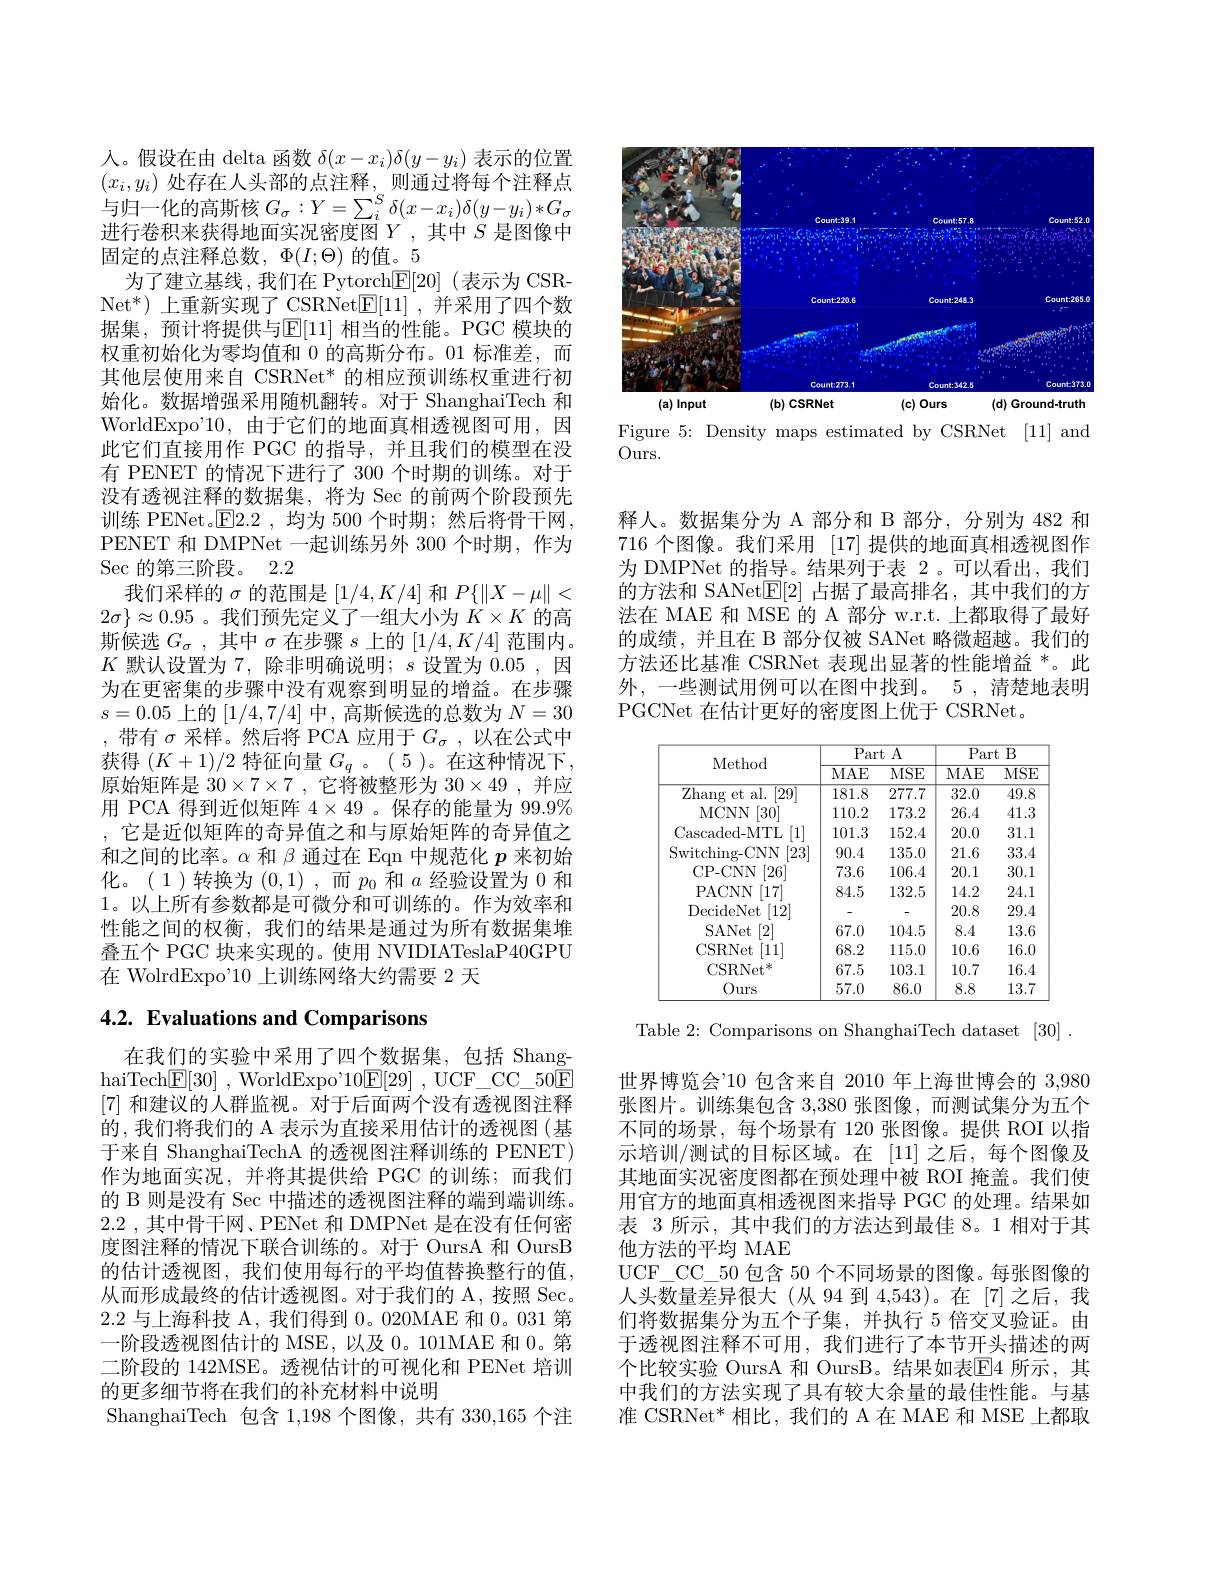
<FigureHere>
Figure 5: Density maps estimated by CSRNet [11] and

$Ours.$

人。假设在由 delta 函数$\delta(x-x_i)\delta(y-y_i)$表示的位置$(x_i,y_i)$处存在人头部的点注释，则通过将每个注释点与归一化的高斯核$G_\sigma:Y=\sum_i^S\delta(x-x_i)\delta(y-y_i)*G_\sigma$ 进行卷积来获得地面实况密度图$Y$,其中$S$ 是图像中固定的点注释总数，$\Phi(I;\Theta)$的值。5
为了建立基线，我们在 Pytorch$\underline{\mathrm{E}}[20]$(表示为 CSR- $\mathrm{Net}^{*}$)上重新实现了 CSRNet$\underline{\mathbb{E}}[11]$,并采用了四个数据集，预计将提供与$\operatorname{E}[11]$ 相当的性能。PGC 模块的权重初始化为零均值和 0 的高斯分布。01 标准差，而其他层使用来自 CSRNet* 的相应预训练权重进行初始化。数据增强采用随机翻转。对于 ShanghaiTech 和WorldExpo'10,由于它们的地面真相透视图可用，因此它们直接用作 PGC 的指导，并且我们的模型在没有 PENET 的情况下进行了 300 个时期的训练。对于没有透视注释的数据集，将为 Sec 的前两个阶段预先训练 PENet。$\boxed{\mathrm{F}}2.2$ ,均为 500 个时期；然后将骨干网， PENET 和 DMPNet 一起训练另外 300 个时期，作为$\operatorname{Sec}$的第三阶段。2.2
我们采样的$\sigma$的范围是$[1/4,K/4]$和$P\{\|X-\mu\|<$ $2\sigma\}\approx0.95$ 。我们预先定义了一组大小为$K\times K$的高斯候选$G_\sigma$,其中$\sigma$在步骤$s$上的$[1/4,K/4]$范围内。$K$默认设置为 7, 除非明确说明；$s$设置为0.05,因为在更密集的步骤中没有观察到明显的增益。在步骤$s=0.05$上的[1/4,7/4]中，高斯候选的总数为$N=30$ ,带有$\sigma$采样。然后将 PCA 应用于$G_\sigma$,以在公式中获得$(K+1)/2$特征向量$G_q$ 。(5)。在这种情况下， 原始矩阵是$30\times7\times7$,它将被整形为$30\times49$,并应用 PCA 得到近似矩阵$4\times49$ 。保存的能量为 99.9% , 它是近似矩阵的奇异值之和与原始矩阵的奇异值之和之间的比率。$\alpha$和$\beta$通过在 Eqn 中规范化$p$来初始化。(1)转换为(0,1),而$p_0$ 和$a$ 经验设置为 0 和1。以上所有参数都是可微分和可训练的。作为效率和性能之间的权衡，我们的结果是通过为所有数据集堆叠五个 PGC 块来实现的。使用 NVIDIATeslaP40GPU 在 WolrdExpo'10 上训练网络大约需要 2 天

# 4.2. Evaluations and Comparisons

在我们的实验中采用了四个数据集，包括 ShanghaiTech$\boxed{\mathrm{F} }[ 30]$ ,WorldExpo'$10\boxed{\mathrm{E} }[ 29]$ ,UCF\_CC\_50$\boxed{\mathrm{F}}$ [7]和建议的人群监视。对于后面两个没有透视图注释的，我们将我们的 A 表示为直接采用估计的透视图(基于来自 ShanghaiTechA 的透视图注释训练的 PENET) 作为地面实况，并将其提供给 PGC 的训练；而我们的 B 则是没有 Sec 中描述的透视图注释的端到端训练。2.2 ,其中骨干网、PENet 和 DMPNet 是在没有任何密度图注释的情况下联合训练的。对于 OursA 和 OursB 的估计透视图，我们使用每行的平均值替换整行的值， 从而形成最终的估计透视图。对于我们的 A, 按照 Sec. 2.2与上海科技 A, 我们得到0。020MAE 和0。031第一阶段透视图估计的 MSE, 以及 0。101MAE 和 0。第二阶段的 142MSE。透视估计的可视化和 PENet 培训的更多细节将在我们的补充材料中说明
ShanghaiTech 包含1，198个图像，共有 330,165 个注

释人。数据集分为 A 部分和 B 部分，分别为 482 和716 个图像。我们采用 [17] 提供的地面真相透视图作为 DMPNet 的指导。结果列于表 2。可以看出，我们的方法和 SANet$\underline{\mathrm{E}}[2]$占据了最高排名，其中我们的方法在 MAE 和 MSE 的 A 部分 w.r.t. 上都取得了最好的成绩，并且在 B 部分仅被 SANet 略微超越。我们的方法还比基准 CSRNet 表现出显著的性能增益 *。此外，一些测试用例可以在图中找到。5 ,清楚地表明PGCNet 在估计更好的密度图上优于 CSRNet.

<table>
	<tbody>
		<tr>
			<th rowspan="2">Method</th>
			<th colspan="2">Part A</th>
			<th colspan="2">Part $B$</th>
		</tr>
		<tr>
			<th>$MAE$</th>
			<th>$MSE$</th>
			<th>$MAE$</th>
			<th>$MSE$</th>
		</tr>
		<tr>
			<td>$\overline{\text{Zhang et al.}}[29]$</td>
			<td>181.8</td>
			<td>277.7</td>
			<td>32.0</td>
			<td>$\overline{49.8}$</td>
		</tr>
		<tr>
			<td>MCNN [30]</td>
			<td>110.2</td>
			<td>173.2</td>
			<td>26.4</td>
			<td>41.3</td>
		</tr>
		<tr>
			<td>Cascaded- MTL [1]</td>
			<td>101.3</td>
			<td>152.4</td>
			<td>20.0</td>
			<td>31.1</td>
		</tr>
		<tr>
			<td>Switching- CNN [23]</td>
			<td>90.4</td>
			<td>135.0</td>
			<td>21.6</td>
			<td>33.4</td>
		</tr>
		<tr>
			<td>CP- CNN |26|</td>
			<td>73.6</td>
			<td>106.4</td>
			<td>20.1</td>
			<td>30.1</td>
		</tr>
		<tr>
			<td>PACNN [17]</td>
			<td>84.5</td>
			<td>132.5</td>
			<td>14.2</td>
			<td>24.1</td>
		</tr>
		<tr>
			<td>DecideNet [12]</td>
			<td> </td>
			<td> </td>
			<td>20.8</td>
			<td>29.4</td>
		</tr>
		<tr>
			<td>SANet [2]</td>
			<td>67.0</td>
			<td>104.5</td>
			<td>8.4</td>
			<td>13.6</td>
		</tr>
		<tr>
			<td>CSRNet [11]</td>
			<td>68.2</td>
			<td>115.0</td>
			<td>10.6</td>
			<td>16.0</td>
		</tr>
		<tr>
			<td>CSRNet$^{*}$</td>
			<td>67.5</td>
			<td>103.1</td>
			<td>10.7</td>
			<td>16.4</td>
		</tr>
		<tr>
			<td>Ours</td>
			<td>57.0</td>
			<td>86.0</td>
			<td>8.8</td>
			<td>13.7</td>
		</tr>
	</tbody>
</table>

Table 2: Comparisons on ShanghaiTech dataset [30] .

世界博览会'10 包含来自 2010 年上海世博会的 3,980张图片。训练集包含3，380张图像，而测试集分为五个不同的场景，每个场景有 120 张图像。提供 ROI 以指示培训/测试的目标区域。在 [11]之后，每个图像及其地面实况密度图都在预处理中被 ROI 掩盖。我们使用官方的地面真相透视图来指导 PGC 的处理。结果如表 3 所示，其中我们的方法达到最佳 8。1 相对于其他方法的平均 MAE
UCF\_ CC\_50 包含 50 个不同场景的图像。每张图像的人头数量差异很大(从 94 到 4,543)。在[7]之后，我们将数据集分为五个子集，并执行 5 倍交叉验证。由于透视图注释不可用，我们进行了本节开头描述的两个比较实验 OursA 和 OursB。结果如表E4 所示，其中我们的方法实现了具有较大余量的最佳性能。与基准 CSRNet* 相比，我们的 A 在 MAE 和 MSE 上都取